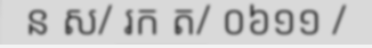
ន ស/ រក ត/ ០៦១១ /